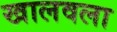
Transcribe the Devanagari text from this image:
खालवला